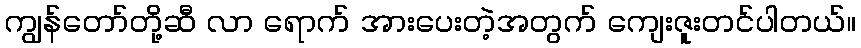
ကျွန်တော်တို့ဆီ လာ ရောက် အားပေးတဲ့အတွက် ကျေးဇူးတင်ပါတယ်။